Vaccination in Bombay 1889-1901 - 1889-1901
Year: 1889
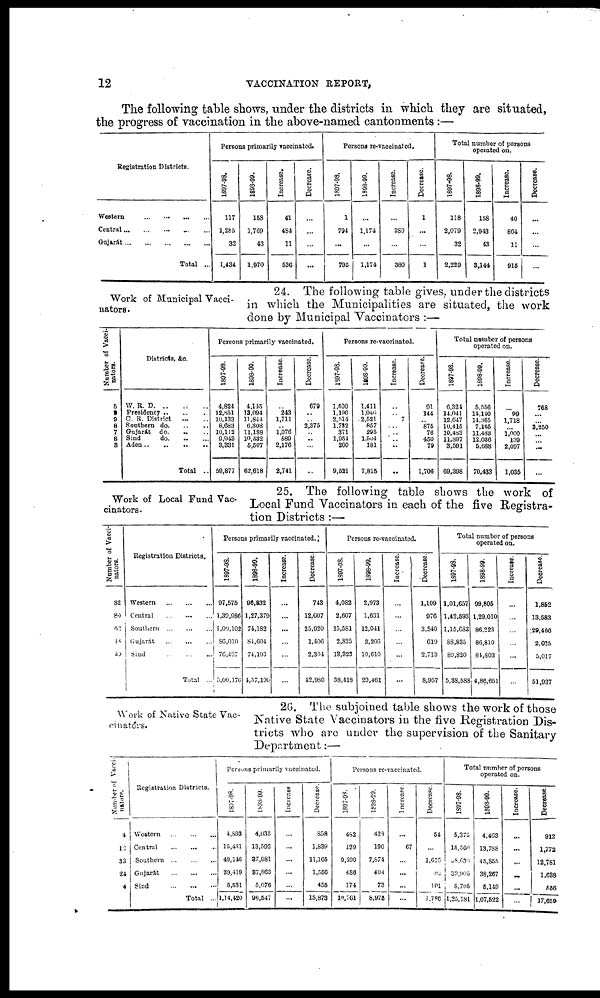
12
VACCINATION REPORT,
The following table shows, under the districts in which they are situated,
the progress of vaccination in the above-named cantonments :—
Registration Districts.
Western
...
...
...
...
Central ... ... ... ... ...
Gujarát
...
...
...
...
...
Total ...
Persons primarily vaccinated.
1897-98.
117
1,285
32
1,431
1898-99.
158
1,769
43
1,970
Increase.
41
484
11
536
Decrease.
...
...
...
...
Persons re-vaccinated.
1897-98.
1
794
...
795
1898-99.
...
1,174
...
1,174
Increase.
...
380
...
380
Decrease.
1
...
...
1
Total number of persons
operated on.
1897-98.
118
2,079
32
2,229
1898-99.
158
2,943
43
3,144
Increase
40
864
11
915
Decrease.
...
...
...
...
Work of Municipal Vacci¬
nators.
24. The following table gives, under the districts
in which the Municipalities are situated, the work
done by Municipal Vaccinators :—
Number of Vacci¬
nators.
5
9
9
8
7
8
3
Districts, &c.
W. R. D. .. .. ..
Presidency
..
..
..
C. R. District .. ..
Southern do
..
..
Gujarát
do. .. ..
Sind
do
..
..
Aden
..
..
..
..
Total ..
Persons primarily vaccinated.
1897-98.
4,824
12,851
10,133
8,683
10,112
9,943
3,331
59,877
1898-99.
4,145
13,094
11,844
6,308
11,188
10,532
5,507
62,618
Increase.
..
243
1,711
..
1,076
589
2,176
2,741
Decrease.
679
..
..
2,375
..
..
...
..
Persons re-vaccinated.
1997-98.
1,500
1,190
3,514
1,732
371
1,954
260
9,521
1898-99.
1,411
1,046
2,521
857
295
l,504
181
7,815
Increase.
..
..
7
...
...
..
..
..
Decrease.
91
144
..
875
76
450
79
1,706
Total number of persons
operated on.
1897-98.
6,324
14,041
12,047
10,415
10,483
11,897
3,591
69,398
1898-99.
5,556
14,110
14,365
7,165
11,483
12,036
5,688
70,433
Increase.
...
99
1,718
...
1,000
139
2,097
1,035
Decrease.
768
...
...
3,250
...
..
...
...
Work of Local Fund Vac-
cinators .
25. The following table shows the work of
Local Fund Vaccinators in each of the five Registra-
tion Districts :—
Number of Vacci¬
nators.
82
80
62
48
59
Registration Districts.
Western
...
...
...
Central
...
...
...
Southern
...
...
...
Gujarát
...
...
...
Sind
...
...
...
Total ...
Persons primarily vaccinated.
1897-98.
97,575
1,39,986
1,00,102
86,010
76,497
5,00,170
1898-99.
96,832
1,27,379
74,182
84,604
74,193
4,57,190
Increase.
...
...
...
...
...
...
Decrease.
743
12,607
25,920
1,406
2,304
42,980
Persons re-vaccinated.
1897-98.
4,082
2,607
15,581
2,825
13,323
38,418
1898-99.
2,973
1,631
12,041
2,206
10,610
29,461
Increase.
...
...
...
...
...
...
Decrease.
1,109
976
3,540
619
2,713
8,957
Total number of persons
operated on.
1897-98.
1,01,657
1,42,593
1,15,683
83,835
89,820
5,38,588
1898-99.
99,805
1,29,010
86,223
86,810
84,803
4,86,651
Increase.
...
...
...
...
...
...
Decrease.
1,852
13,583
29,460
2,025
5,017
51,937
Work of Native State Vac¬
cinators.
26. The subjoined table shows the work of those
Native State Vaccinators in the five Registration Dis-
tricts who are under the supervision of the Sanitary
Department:—
Number of Vacci¬
nators.
4
12
33
24
4
Registration Districts.
Western
...
...
...
Central ... ... ...
Southern
...
...
...
Gujarát
...
...
...
Sind
...
...
...
Total ...
Persons primarily vaccinated.
1897-98.
4,893
15,431
49,146
39,419
5,531
1,14,420
1898-99.
4,035
13,592
37,981
37,863
5,076
98,547
Increase
...
...
...
...
...
...
Decrease.
858
1,839
11,165
1,556
455
15,873
Persons re-vaccinated.
1897-98.
482
129
9,490
486
174
10,761
1898-99.
428
190
7,874
404
73
8,975
Increase.
...
67
...
...
...
...
Decrease.
54
...
1,616
82
101
1,786
Total number of persons
operated on.
1897-98.
5,375
15,560
38,636
39,905
5,705
1,25,181
1898-99.
4,463
13,788
45,855
38,267
5,149
1,07,522
Increase.
...
...
...
...
...
...
Decrease.
912
1,772
12,781
1,638
556
17,659